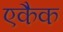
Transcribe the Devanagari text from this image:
एकैक